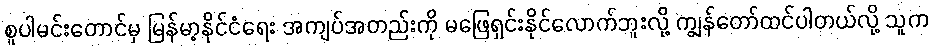
စူပါမင်းတောင်မှ မြန်မာ့နိုင်ငံရေး အကျပ်အတည်းကို မဖြေရှင်းနိုင်လောက်ဘူးလို့ ကျွန်တော်ထင်ပါတယ်လို့ သူက